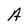
Character: A